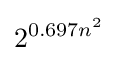
2^{0.697n^{2}}